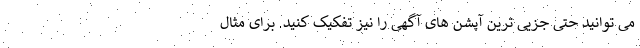
می توانید حتی جزیی ترین آپشن های آگهی را نیز تفکیک کنید. برای مثال